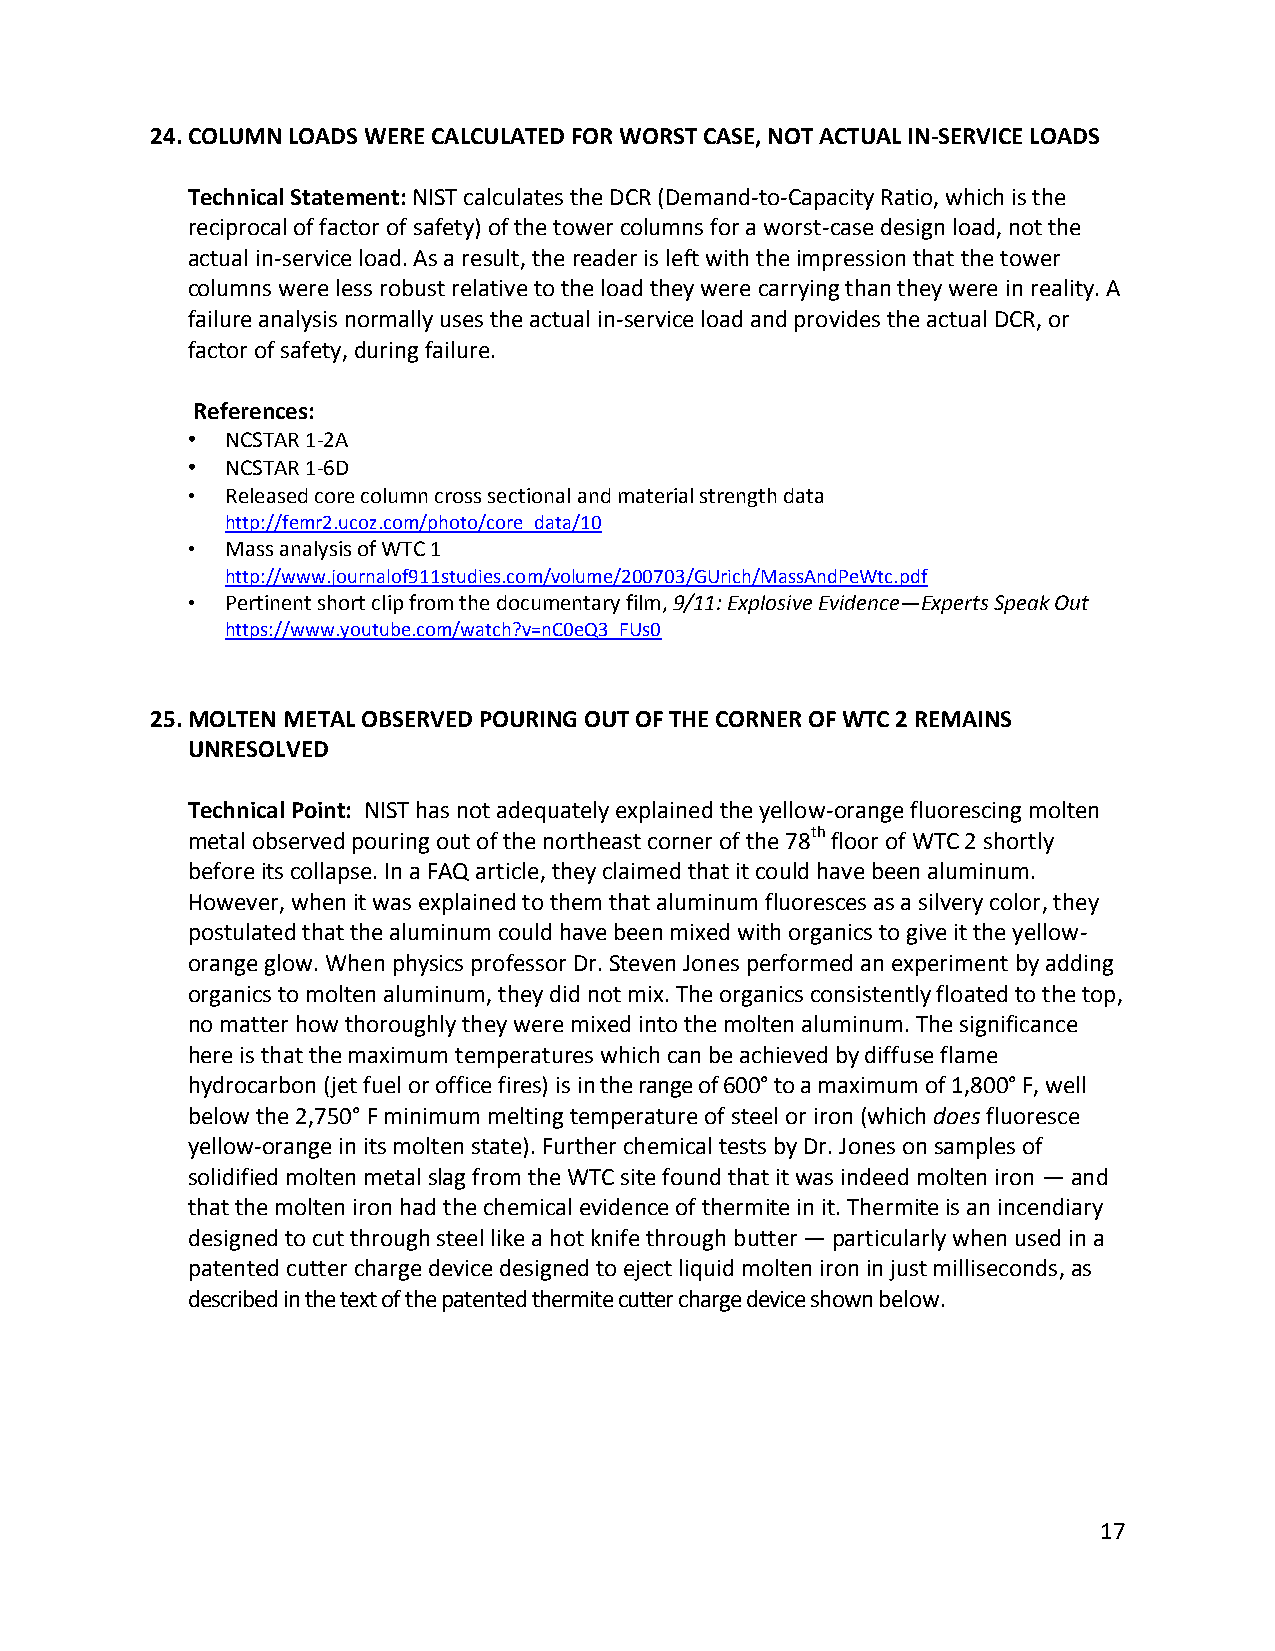
24. COLUMN LOADS WERE CALCULATED FOR WORST CASE, NOT ACTUAL IN-SERVICE LOADS
 Technical Statement: NIST calculates the DCR (Demand-to-Capacity Ratio, which is the
 reciprocal of factor of safety) of the tower columns for a worst-case design load, not the
 actual in-service load. As a result, the reader is left with the impression that the tower
 columns were less robust relative to the load they were carrying than they were in reality. A
 failure analysis normally uses the actual in-service load and provides the actual DCR, or
 factor of safety, during failure.
 References:
 •  NCSTAR 1-2A
 •  NCSTAR 1-6D
 •  Released core column cross sectional and material strength data
 http://femr2.ucoz.com/photo/core_data/10
 •  Mass analysis of WTC 1
 http://www.journalof911studies.com/volume/200703/GUrich/MassAndPeWtc.pdf
 •  Pertinent short clip from the documentary film, 9/11: Explosive Evidence—Experts Speak Out
 https://www.youtube.com/watch?v=nC0eQ3_FUs0
 25. MOLTEN METAL OBSERVED POURING OUT OF THE CORNER OF WTC 2 REMAINS
 UNRESOLVED
 Technical Point: NIST has not adequately explained the yellow-orange fluorescing molten
 metal observed pouring out of the northeast corner of the 78th floor of WTC 2 shortly
 before its collapse. In a FAQ article, they claimed that it could have been aluminum.
 However, when it was explained to them that aluminum fluoresces as a silvery color, they
 postulated that the aluminum could have been mixed with organics to give it the yellow-
 orange glow. When physics professor Dr. Steven Jones performed an experiment by adding
 organics to molten aluminum, they did not mix. The organics consistently floated to the top,
 no matter how thoroughly they were mixed into the molten aluminum. The significance
 here is that the maximum temperatures which can be achieved by diffuse flame
 hydrocarbon (jet fuel or office fires) is in the range of 600° to a maximum of 1,800° F, well
 below the 2,750° F minimum melting temperature of steel or iron (which does fluoresce
 yellow-orange in its molten state). Further chemical tests by Dr. Jones on samples of
 solidified molten metal slag from the WTC site found that it was indeed molten iron — and
 that the molten iron had the chemical evidence of thermite in it. Thermite is an incendiary
 designed to cut through steel like a hot knife through butter — particularly when used in a
 patented cutter charge device designed to eject liquid molten iron in just milliseconds, as
 described in the text of the patented thermite cutter charge device shown below.
 17